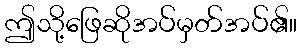
ဤသို့ဖြေဆိုအပ်မှတ်အပ်၏။